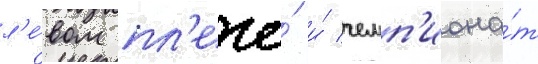
л'е́вом пл'ече́ и́ чемп'иона́т